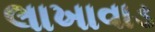
લાખાવાડ